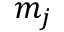
m _ { j }